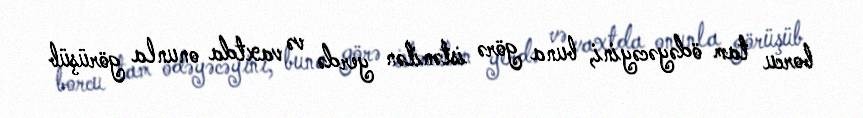
borcu tam ödəyəcəyini, buna görə istənilən yerdə və vaxtda onunla görüşüb